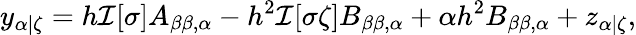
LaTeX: y_{\alpha|\zeta}=h\mathcal{I}[\sigma]A_{\beta\beta,\alpha}-h^{2}\mathcal{I}[\sigma\zeta]B_{\beta\beta,\alpha}+\alpha h^{2}B_{\beta\beta,\alpha}+z_{\alpha|\zeta},